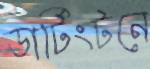
ডার্টিংটনে